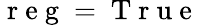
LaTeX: \mathrm{~r~e~g~}=\mathrm{~T~r~u~e~}